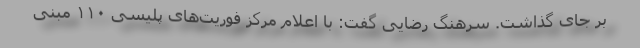
بر جای گذاشت. سرهنگ رضایی گفت: با اعلام مرکز فوریت‌های پلیسی ۱۱۰ مبنی